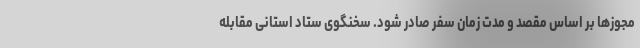
مجوزها بر اساس مقصد و مدت زمان سفر صادر شود. سخنگوی ستاد استانی مقابله